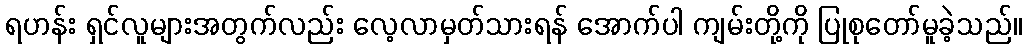
ရဟန်း ရှင်လူများအတွက်လည်း လေ့လာမှတ်သားရန် အောက်ပါ ကျမ်းတို့ကို ပြုစုတော်မူခဲ့သည်။